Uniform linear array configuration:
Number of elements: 64
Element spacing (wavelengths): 0.75
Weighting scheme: uniform
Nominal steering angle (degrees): -60
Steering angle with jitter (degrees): -58.951
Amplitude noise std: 0.05
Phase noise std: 0.05

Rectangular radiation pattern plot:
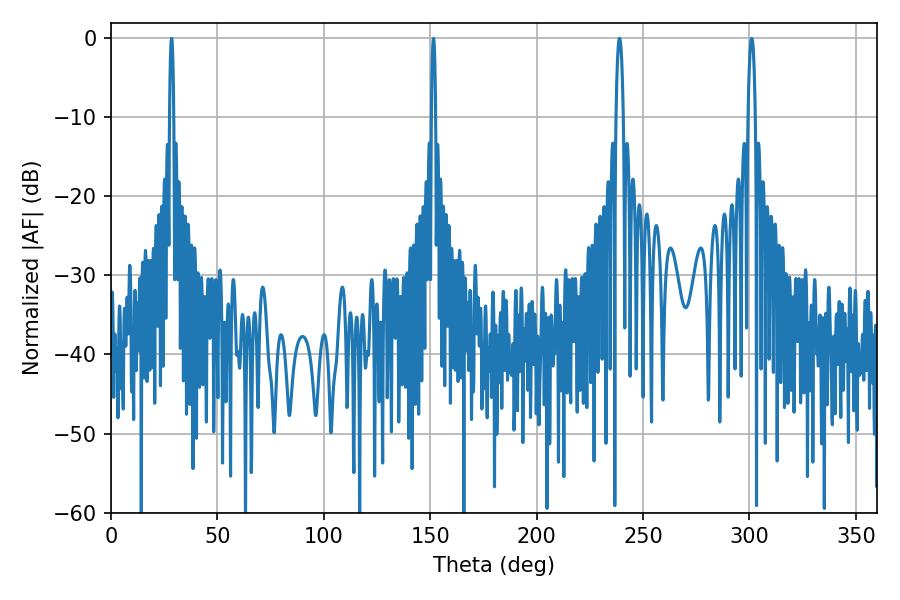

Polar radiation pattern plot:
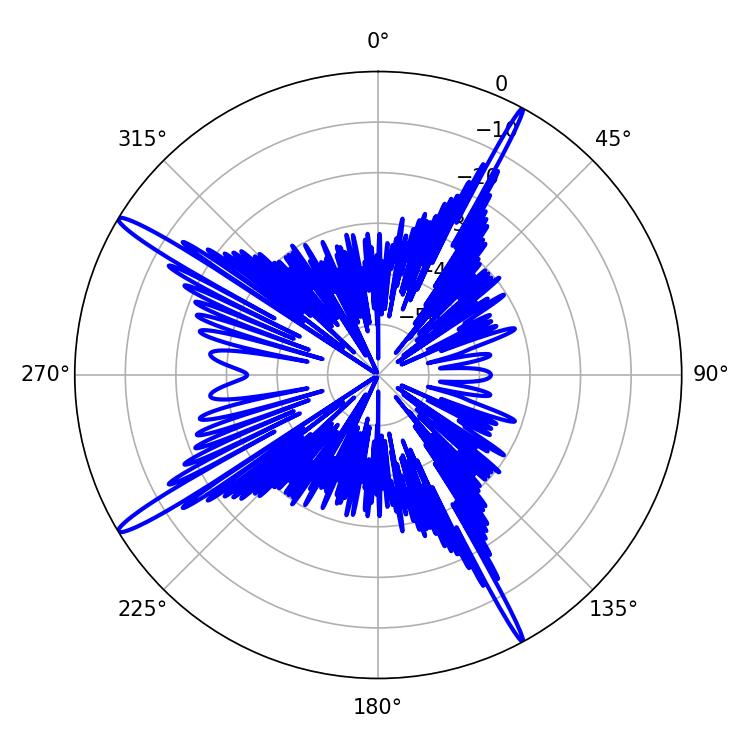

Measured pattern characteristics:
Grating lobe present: TRUE
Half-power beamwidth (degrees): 1.08
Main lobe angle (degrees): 28.44